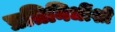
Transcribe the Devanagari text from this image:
प्रतिनिधींशी